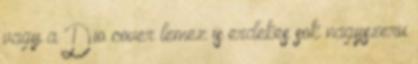
vagy a Dio cover lemez is erdekes sok nagyszeru